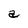
Character: a